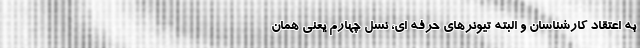
به اعتقاد کارشناسان و البته تیونرهای حرفه ای، نسل چهارم یعنی همان